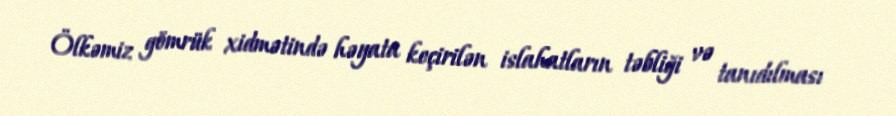
Ölkəmiz gömrük xidmətində həyata keçirilən islahatların təbliği və tanıdılması